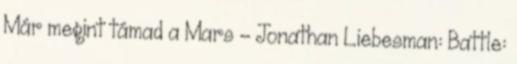
Már megint támad a Mars - Jonathan Liebesman: Battle: